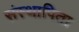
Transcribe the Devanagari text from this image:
संस्थापिता